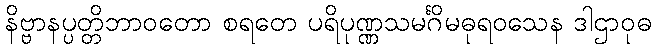
နိဗ္ဗာနပ္ပတ္တိဘာဝတော စရတေ ပရိပုဏ္ဏသမင်္ဂိမဓုရဝသေန ဒါဌာဝုဓ